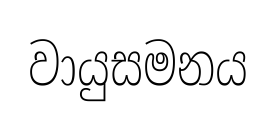
වායුසමනය